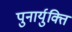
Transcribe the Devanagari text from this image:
पुनार्युक्ति